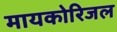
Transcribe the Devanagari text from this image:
मायकोरिजल